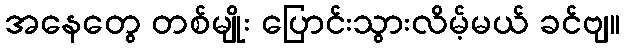
အနေတွေ တစ်မျိုး ပြောင်းသွားလိမ့်မယ် ခင်ဗျ။